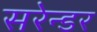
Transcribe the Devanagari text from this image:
सरेन्डर